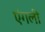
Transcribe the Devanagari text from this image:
एंगली